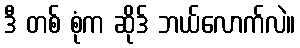
ဒီ တစ် စုံက ဆိုဒ် ဘယ်လောက်လဲ။